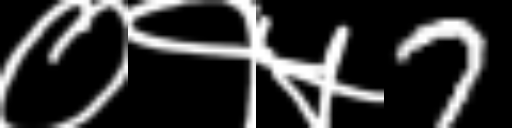
Text: ०१५7